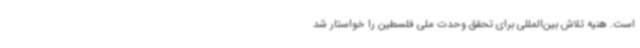
است. هنیه تلاش بین‌المللی برای تحقق وحدت ملی فلسطین را خواستار شد